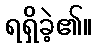
ရရှိခဲ့၏။